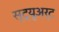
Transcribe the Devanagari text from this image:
स्ट्यूअर्ट